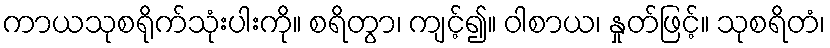
ကာယသုစရိုက်သုံးပါးကို။ စရိတွာ၊ ကျင့်၍။ ဝါစာယ၊ နှုတ်ဖြင့်။ သုစရိတံ၊